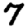
Digit: 7